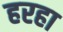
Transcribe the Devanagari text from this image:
हरहा